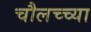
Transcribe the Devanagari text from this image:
चौलच्च्या